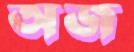
অজ